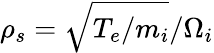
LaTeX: \rho_{s}=\sqrt{T_{e}/m_{i}}/\Omega_{i}